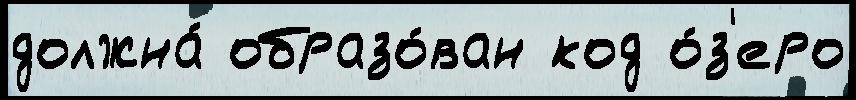
должна́ образо́ван код о́з'еро